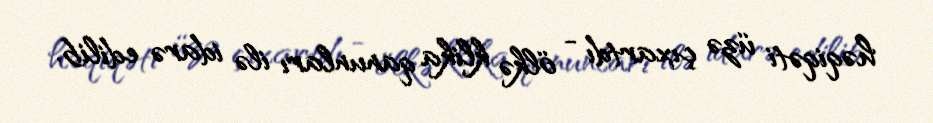
həqiqəti üzə çıxartdı - ölkə klika qanunları ilə idarə edilib.